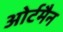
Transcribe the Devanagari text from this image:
ओर्टमैन